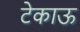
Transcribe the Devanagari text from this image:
टेकाऊ